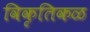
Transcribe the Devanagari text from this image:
विकृतिकळ